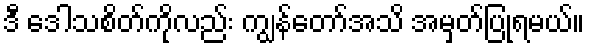
ဒီ ဒေါသစိတ်ကိုလည်း ကျွန်တော်အသိ အမှတ်ပြုရမယ်။